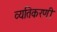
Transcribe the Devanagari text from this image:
व्यतिकरणी